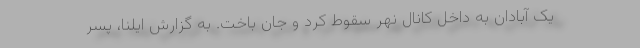
یک آبادان به داخل کانال نهر سقوط کرد و جان باخت. به گزارش ایلنا، پسر